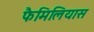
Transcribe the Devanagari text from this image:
फैमिलियास